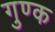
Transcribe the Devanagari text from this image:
गुण्क